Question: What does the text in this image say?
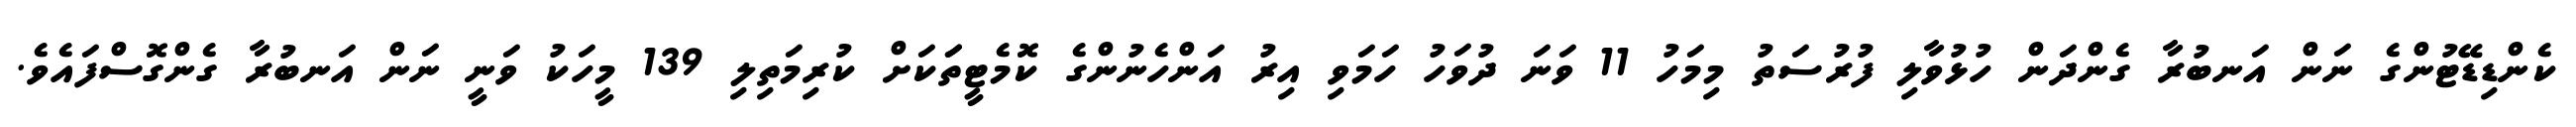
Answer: ކެންޑިޑޭޓުންގެ ނަން އަނބުރާ ގެންދަން ހުޅުވާލި ފުރުސަތު މިމަހު 11 ވަނަ ދުވަހު ހަމަވި އިރު އަންހެނުންގެ ކޮމެޓީތަަކަށް ކުރިމަތިލި 139 މީހަކު ވަނީ ނަން އަނބުރާ ގެންގޮސްފައެވެ.